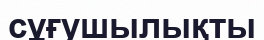
сұғушылықты